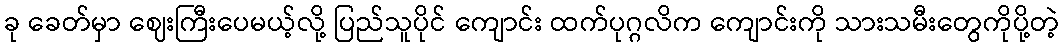
ခု ခေတ်မှာ ဈေးကြီးပေမယ့်လို့ ပြည်သူပိုင် ကျောင်း ထက်ပုဂ္ဂလိက ကျောင်းကို သားသမီးတွေကိုပို့တဲ့